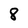
Character: 8